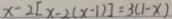
x - 2 [ x - 2 ( x - 1 ) ] = 3 ( 1 - x )